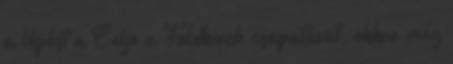
a lépést a Celje a Feldkirch csapatával, ekkor még